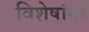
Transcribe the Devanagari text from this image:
विशेषांगों